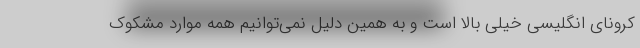
کرونای انگلیسی خیلی بالا است و به همین دلیل نمی‌توانیم همه موارد مشکوک